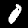
Label: 0